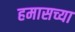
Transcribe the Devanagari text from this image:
हमासच्या